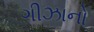
ગીઝાનો